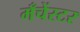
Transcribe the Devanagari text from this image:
मँचेंस्टर